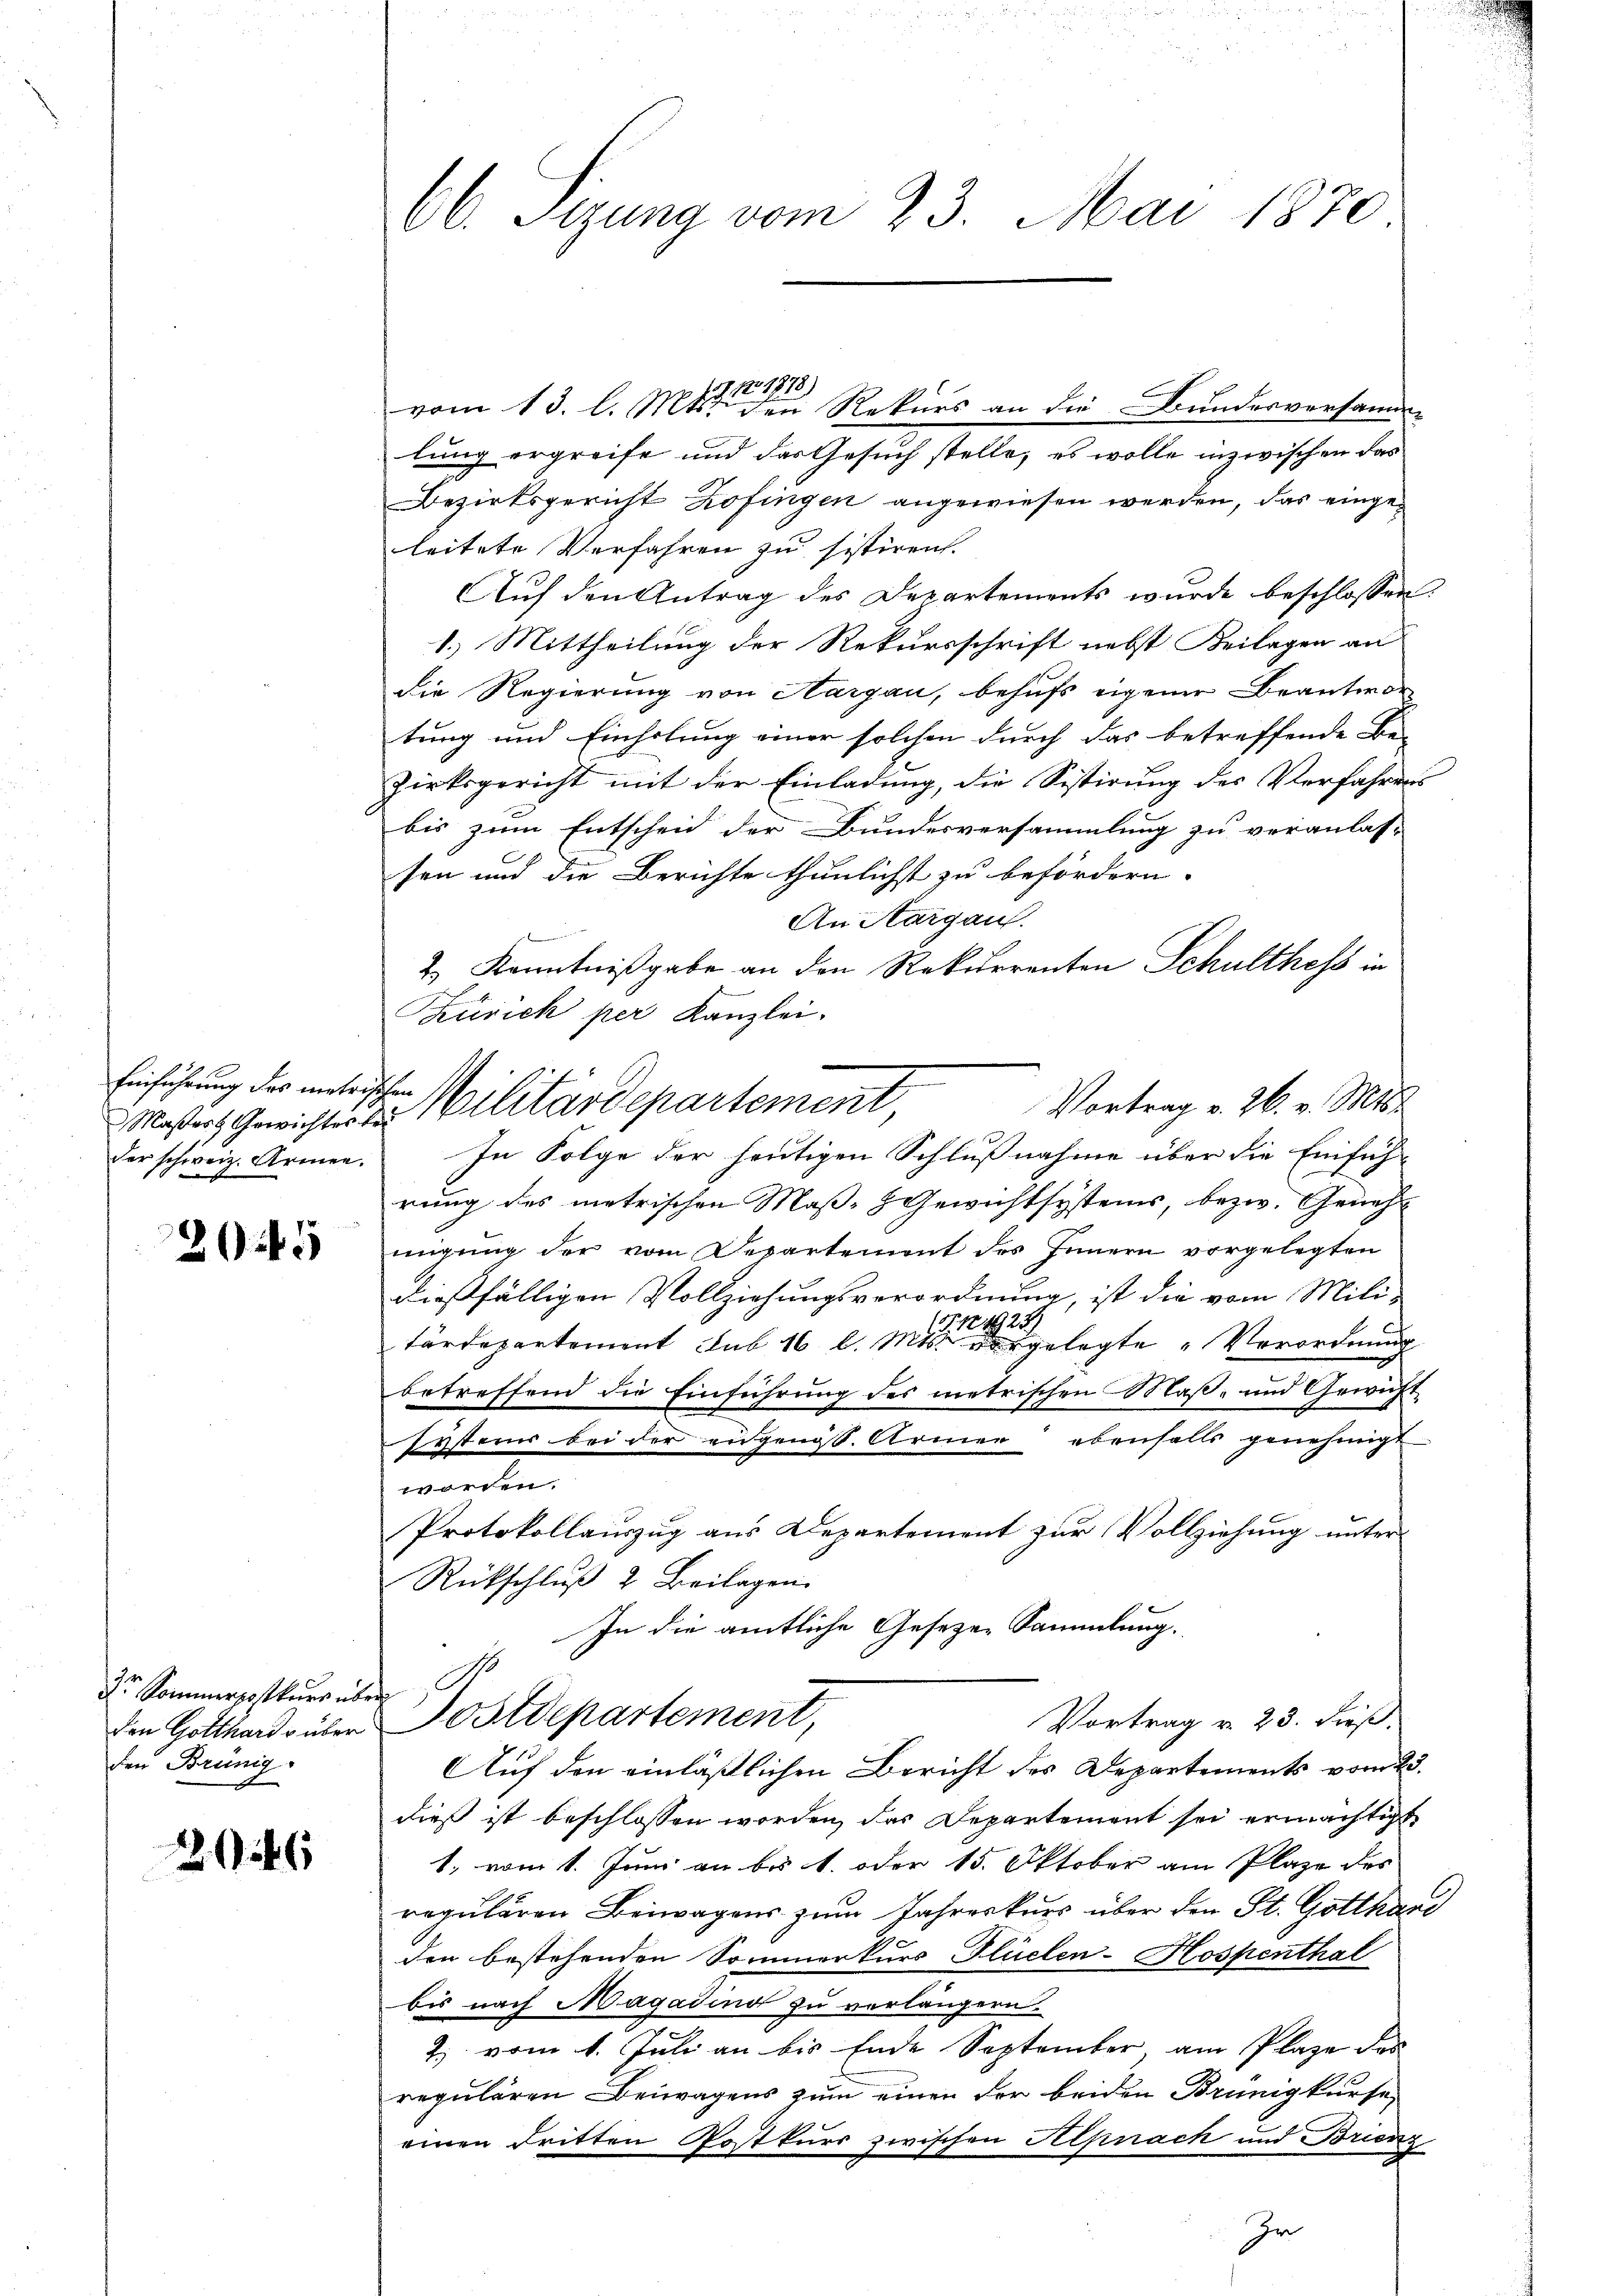
Einführung des metrischen

25

Dr. Sommerpostkurs über
den Brünig.

246

66. Sizung vom 23. Mai 1870

lung ergreife und das Gesuch stelle, es wolle inzwischen das
Bezirksgericht Zofingen angewiesen werden, das eingeleitete Verfahren zu sistiren.
Auf den Antrag des Departements wurde beschlossen:
1.) Mittheilung der Rekursschrift nebst Beilagen an
die Regierung von Aargau, behufs eigener Beanteror
tung und Einholung einer solchen durch das betreffende Be-
zirksgericht mit der Einladung, die Sistirung des Verfahrens
bis zum Entscheid der Bundesversammlung zu veranlas-
sen und die Berichte thunlichst zu befördern.
An Margau.
2.) Kenntnißgabe an den Rekurrenten Schulthefs in
Zürich per Kanzlei.
der schweiz. Armen. In Folge der heŭtigen Schlŭβnahme über die Einfüh-
rung des metrischen Maß-Gewichtsystems, bezw. Genehmigung der vom Departement des Innern vorgelegten
dießfälligen Vollziehungsverordnung, ist die vom Mili¬
25
1704
tärdepartement sub 16 l. Mts. vorgelegte Verordnung
betreffend die Einführung des metrischen Maß- und Gewicht
systems bei der eidgenoss. Armen ebenfalls genehmigt
worden.
Protokollauszug aus Departement zur Vollziehung unter
Rückschluß 2 Beilagen.
In die amtliche Gesezen Sammlung.
Vortrag v. 23. dieß.
den Gotthards über Postdepartement,
Auf den einläßlichen Bericht des Departements vom 23.
dieß ist beschlossen worden, das Departement sei ermächtigt
1., vom 1. Juni an bis 1. oder 15. Oktober am Plaze des
regulären Beiwagens zum Jahreskurs über den St. Gotthard
den bestehenden Sommerkurs Flüelen-Hospenthal
bis nach Magadind zu verlängern.
2) vom 1. Juli an bis Ende September, am Plaze des
repulären Beiwagens zum einen der beiden Brünigkurse
einen dritten Postkurs zwischen Alpnach und Brienz
Ir

Masers Gewichter 2 Militärdepartement,

157. No. 1878)
vom 13. l. Mts. den Rekurs an die Bundesversamm

Vortrag v. 26. v. Mts.